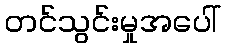
တင်သွင်းမှုအပေါ်